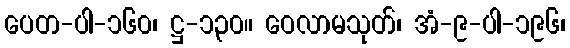
ပေတ-ပါ-၁၆၀၊ ဋ္ဌ-၁၃၀။ ဝေလာမသုတ်၊ အံ-၉-ပါ-၁၉၆၊